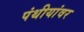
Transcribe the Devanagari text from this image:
पंथीयांवर